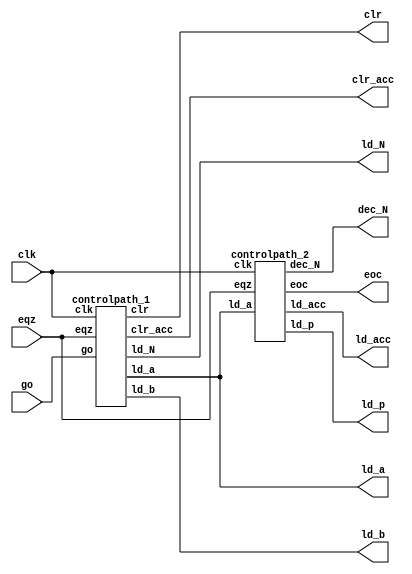
`timescale 1ns / 1ps
//////////////////////////////////////////////////////////////////////////////////
// Company: 
// Engineer: 
// 
// Design Name: 
// Module Name:    controlpath 
// Project Name: 
// Target Devices: 
// Tool versions: 
// Description: 
//
// Dependencies: 
//
// Revision: 
// Revision 0.01 - File Created
// Additional Comments: 
//
//////////////////////////////////////////////////////////////////////////////////
module controlpath(
	input go,
	input clk,
	input eqz,
	output eoc, ld_a, ld_b, ld_p, ld_acc, ld_N, dec_N, clr_acc, clr
    );
	
	controlpath_1 z1(ld_a, ld_b, ld_N, clr_acc, clr, go, clk, eqz);
	controlpath_2 z2(ld_p, ld_acc, dec_N, eoc, ld_a, eqz, clk);
	 
endmodule

//////////////////////////////////////
////  CONTROL PATH FOR PIPE-1 ///////
/////////////////////////////////////

module controlpath_1(
	output reg ld_a, ld_b, ld_N, clr_acc, clr,
	input go, clk, eqz);
	
	reg [1:0] state;
	
	parameter S0=2'b00, S1=2'b01, S2=2'b10, S3=2'b11;
	
	initial state = 2'b00;
	
	always @(posedge clk) 
	 begin 
		 case(state) 
			 S0:
				begin
					if (go) state <= S1; 
					else state <=S0;
				end
			 S1: state <= S2; 
			 S2: 
				begin
					if (!eqz) state <= S2;
					else state <= S3; 
				end
			 S3: state <= S3;
			 default: state <= S0;
		 endcase
	end
	always @(state) 
	 begin 
		 case(state)
			 S0: begin ld_a = 0; ld_b = 0; ld_N = 0; clr_acc = 1; clr = 1; end
			 S1: begin ld_a = 0; ld_b = 0; ld_N = 1; clr_acc = 1; clr = 0; end
			 S2: begin ld_a = 1; ld_b = 1; ld_N = 0; clr_acc = 0; clr = 0; end
			 S3: begin ld_a = 0; ld_b = 0; ld_N = 0; clr_acc = 0; clr = 1; end
			 default: begin ld_a = 0; ld_b = 0; ld_N = 0; clr_acc = 1; clr = 1; end
		 endcase
	 end
endmodule



//////////////////////////////////////
////  CONTROL PATH FOR PIPE-2 ///////
/////////////////////////////////////
	 
module controlpath_2(
	output reg ld_p, ld_acc, dec_N, eoc,
	input ld_a, eqz, clk);
	
	reg [1:0] state;
	
	parameter S0=2'b00, S1=2'b01, S2=2'b10;
	
	initial state = 2'b00;
	
	always @(posedge clk) 
	 begin 
		 case(state) 
			 S0:
				begin
					if (ld_a) state <= S1; 
					else state <= S0;
				end
			 S1: 
				begin
					if (!eqz) state <= S1;
					else state <= S2; 
				end
			 S2: state <= S2;
			 default: state <= S0;
		 endcase
	end
	always @(state) 
	 begin 
		 case(state)
			 S0: begin ld_p = 0; ld_acc = 0; dec_N = 0; eoc = 0; end
			 S1: begin ld_p = 1; ld_acc = 1; dec_N = 1; eoc = 0; end
			 S2: begin ld_p = 0; ld_acc = 0; dec_N = 0; eoc = 1; end
			 default: begin ld_p = 0; ld_acc = 0; dec_N = 0; eoc = 0; end
		 endcase
	 end
endmodule